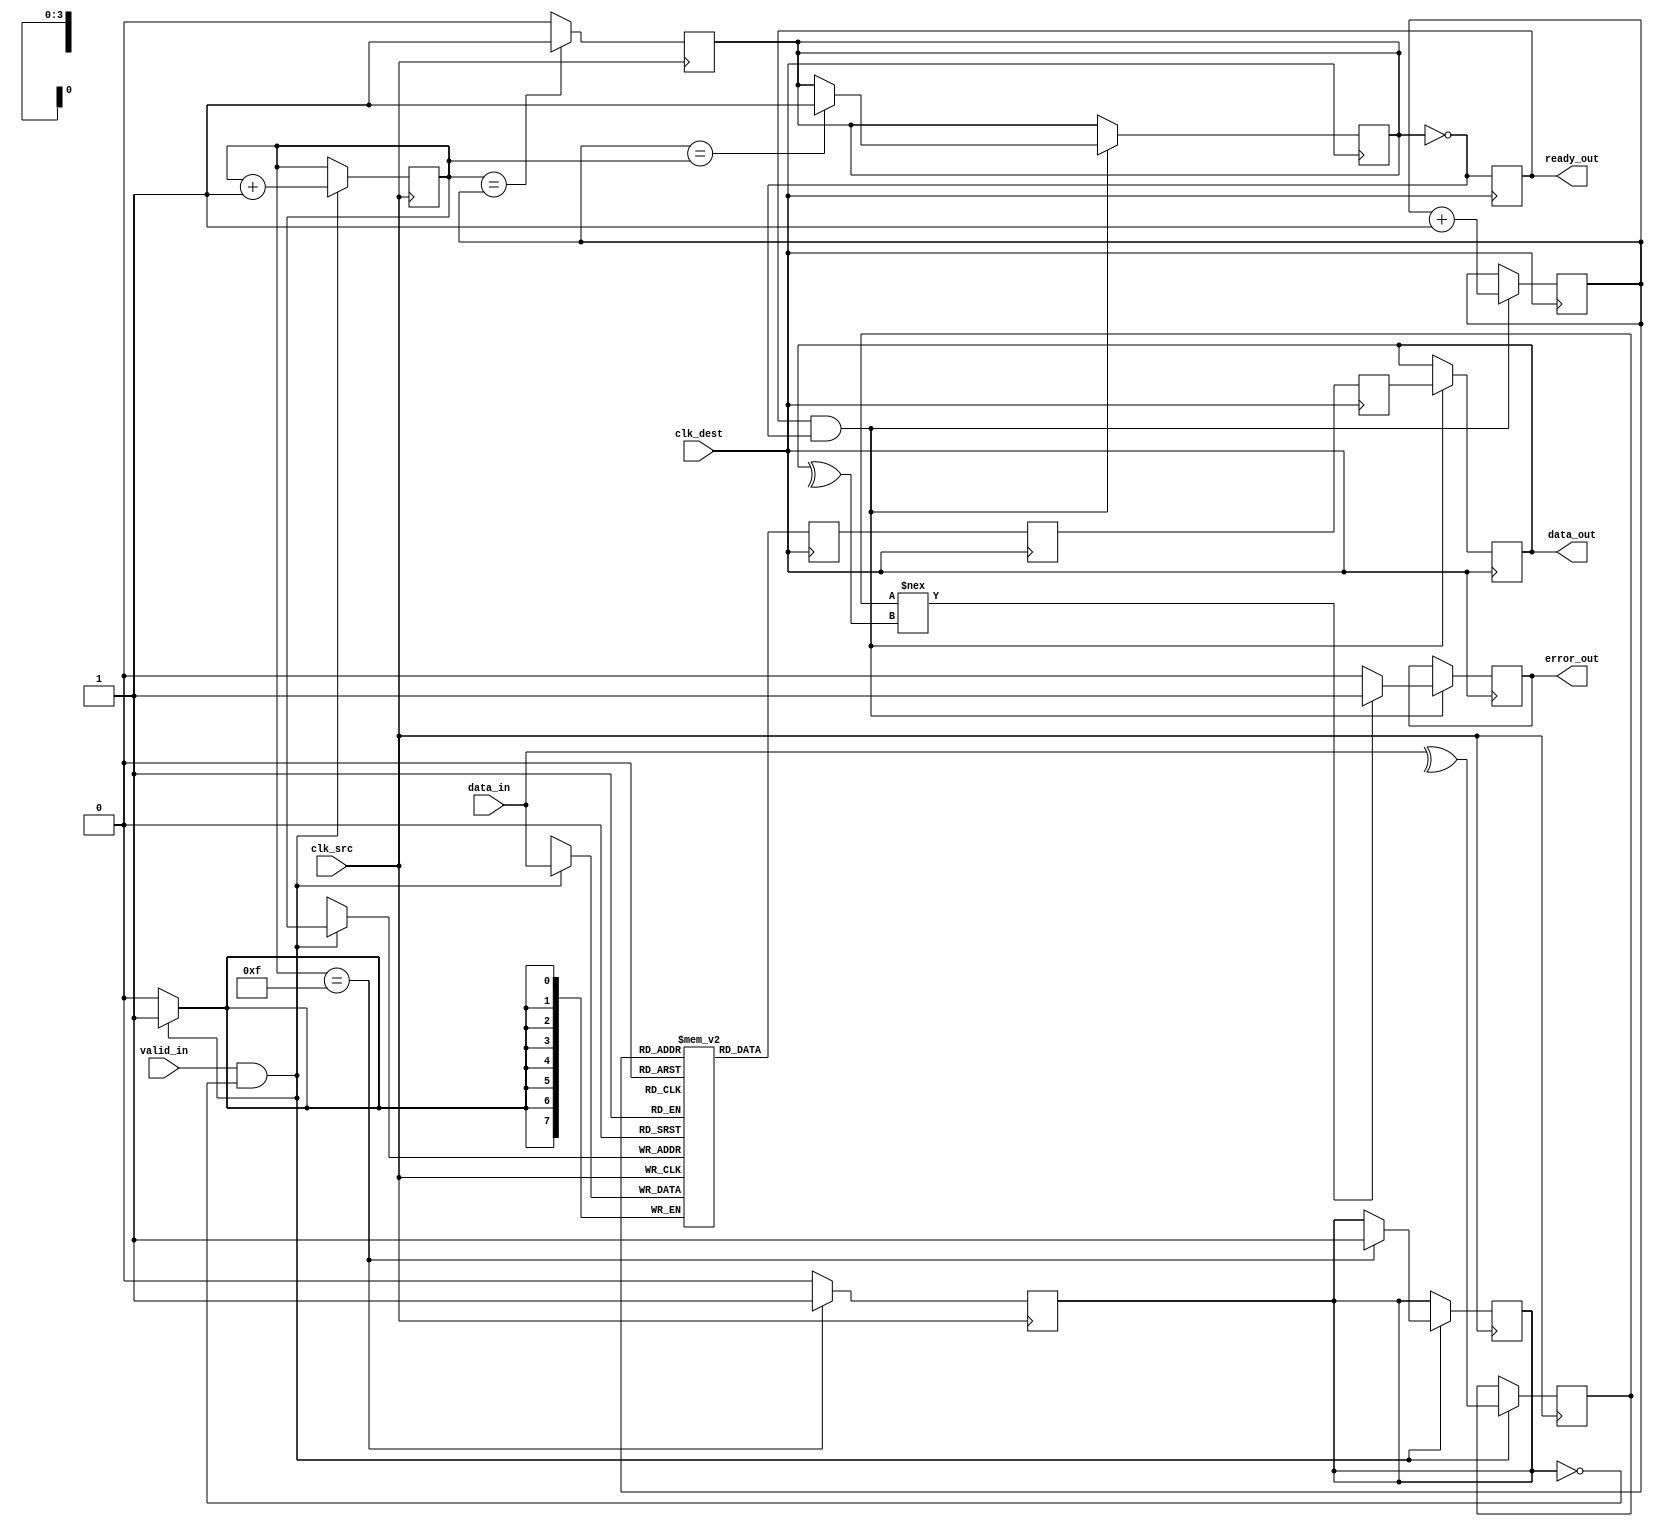
module cdc_memory_blocks (
    input wire clk_src,          // Source clock
    input wire clk_dest,         // Destination clock
    input wire [7:0] data_in,    // Data input from source clock domain
    input wire valid_in,         // Valid signal from source clock domain
    output reg [7:0] data_out,   // Data output to destination clock domain
    output reg ready_out,        // Ready signal for destination clock domain
    output reg error_out         // Error signal for data integrity
);

    // Parameters
    parameter FIFO_DEPTH = 16;   // Depth of the FIFO buffer
    parameter DATA_WIDTH = 8;     // Width of the data
    parameter PARITY_WIDTH = 1;   // Width of the parity bit

    // FIFO buffer signals
    reg [DATA_WIDTH-1:0] fifo [0:FIFO_DEPTH-1];
    reg [3:0] write_ptr, read_ptr;
    reg fifo_full, fifo_empty;

    // Parity bit
    reg parity_bit;
    reg [DATA_WIDTH-1:0] data_in_sync;
    reg valid_in_sync;

    // Synchronization using dual flip-flop
    reg [DATA_WIDTH-1:0] data_in_sync_ff1, data_in_sync_ff2;
    reg valid_in_sync_ff1, valid_in_sync_ff2;

    // Handshaking signals
    reg ready_in;

    // FIFO write operation in source clock domain
    always @(posedge clk_src) begin
        if (valid_in && !fifo_full) begin
            fifo[write_ptr] <= data_in;
            parity_bit <= ^data_in; // Calculate parity
            write_ptr <= write_ptr + 1;
            if (write_ptr == FIFO_DEPTH - 1) begin
                fifo_full <= 1;
            end
        end
    end

    // Synchronize data and valid signals to destination clock domain
    always @(posedge clk_dest) begin
        data_in_sync_ff1 <= fifo[read_ptr];
        valid_in_sync_ff1 <= valid_in;
        data_in_sync_ff2 <= data_in_sync_ff1;
        valid_in_sync_ff2 <= valid_in_sync_ff1;

        data_in_sync <= data_in_sync_ff2;
        valid_in_sync <= valid_in_sync_ff2;
    end

    // FIFO read operation in destination clock domain
    always @(posedge clk_dest) begin
        if (ready_out && !fifo_empty) begin
            data_out <= data_in_sync;
            // Check for parity error
            if (parity_bit !== ^data_out) begin
                error_out <= 1; // Error detected
            end else begin
                error_out <= 0; // No error
            end
            read_ptr <= read_ptr + 1;
            if (read_ptr == write_ptr) begin
                fifo_empty <= 1; // FIFO is empty
            end
        end
    end

    // Ready signal generation
    always @(posedge clk_dest) begin
        ready_out <= !fifo_empty; // Ready if FIFO is not empty
    end

    // FIFO empty/full management
    always @(posedge clk_src) begin
        if (write_ptr == read_ptr) begin
            fifo_empty <= 1; // FIFO is empty
        end else begin
            fifo_empty <= 0; // FIFO is not empty
        end
        if (write_ptr == FIFO_DEPTH - 1) begin
            fifo_full <= 1; // FIFO is full
        end else begin
            fifo_full <= 0; // FIFO is not full
        end
    end

endmodule